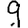
Digit: 9